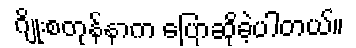
ဂျိုးစတုန်နာက ပြောဆိုခဲ့ပါတယ်။